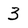
Character: 3